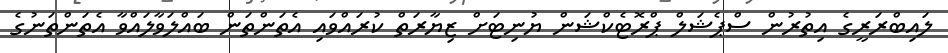
ލައިބްރަރީގެ އިތުރުން ސްޕެޝަލް ޕްރޮޓެކްޝަން ޔުނިޓަށް ޒިޔާރަތް ކުރައްވައި އެތަންތަން ބައްލަވާލައްވާ އެތަންތަނުގެ